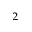
^ 2